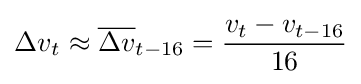
{\Delta v}_{t}\approx {\overline {\Delta v}}_{t-16}={\frac {v_{t}-v_{t-16}}{16}}